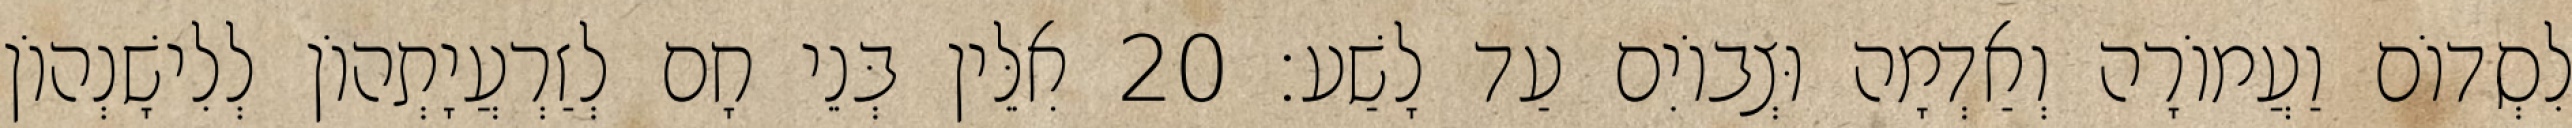
לִסְדוֹם וַעֲמוֹרָה וְאַדְמָה וּצְבוֹיִם עַד לָשַׁע׃ 20 אִלֵּין בְּנֵי חָם לְזַרְעֲיָתְהוֹן לְלִישָׁנְהוֹן